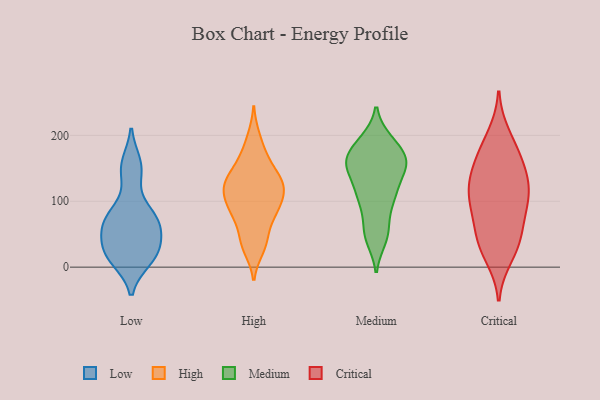
{"axis": {"x": "Gross Profit (USD K)", "y": "Value"}, "legend": ["Critical", "High", "Low", "Medium"], "data": [{"x": "", "y": 27, "type": "Low"}, {"x": "", "y": 48, "type": "Low"}, {"x": "", "y": 71, "type": "Low"}, {"x": "", "y": 156, "type": "Low"}, {"x": "", "y": 80, "type": "Low"}, {"x": "", "y": 17, "type": "Low"}, {"x": "", "y": 145, "type": "Low"}, {"x": "", "y": 22, "type": "Low"}, {"x": "", "y": 64, "type": "Low"}, {"x": "", "y": 75, "type": "Low"}, {"x": "", "y": 12, "type": "Low"}, {"x": "", "y": 122, "type": "High"}, {"x": "", "y": 117, "type": "High"}, {"x": "", "y": 28, "type": "High"}, {"x": "", "y": 140, "type": "High"}, {"x": "", "y": 85, "type": "High"}, {"x": "", "y": 37, "type": "High"}, {"x": "", "y": 133, "type": "High"}, {"x": "", "y": 122, "type": "High"}, {"x": "", "y": 168, "type": "High"}, {"x": "", "y": 88, "type": "High"}, {"x": "", "y": 108, "type": "High"}, {"x": "", "y": 82, "type": "High"}, {"x": "", "y": 197, "type": "High"}, {"x": "", "y": 44, "type": "High"}, {"x": "", "y": 161, "type": "High"}, {"x": "", "y": 125, "type": "High"}, {"x": "", "y": 81, "type": "High"}, {"x": "", "y": 118, "type": "Medium"}, {"x": "", "y": 113, "type": "Medium"}, {"x": "", "y": 189, "type": "Medium"}, {"x": "", "y": 159, "type": "Medium"}, {"x": "", "y": 160, "type": "Medium"}, {"x": "", "y": 163, "type": "Medium"}, {"x": "", "y": 155, "type": "Medium"}, {"x": "", "y": 193, "type": "Medium"}, {"x": "", "y": 152, "type": "Medium"}, {"x": "", "y": 189, "type": "Medium"}, {"x": "", "y": 162, "type": "Medium"}, {"x": "", "y": 148, "type": "Medium"}, {"x": "", "y": 46, "type": "Medium"}, {"x": "", "y": 106, "type": "Medium"}, {"x": "", "y": 111, "type": "Medium"}, {"x": "", "y": 83, "type": "Medium"}, {"x": "", "y": 59, "type": "Medium"}, {"x": "", "y": 42, "type": "Medium"}, {"x": "", "y": 148, "type": "Critical"}, {"x": "", "y": 101, "type": "Critical"}, {"x": "", "y": 97, "type": "Critical"}, {"x": "", "y": 178, "type": "Critical"}, {"x": "", "y": 17, "type": "Critical"}, {"x": "", "y": 37, "type": "Critical"}, {"x": "", "y": 46, "type": "Critical"}, {"x": "", "y": 128, "type": "Critical"}, {"x": "", "y": 93, "type": "Critical"}, {"x": "", "y": 106, "type": "Critical"}, {"x": "", "y": 63, "type": "Critical"}, {"x": "", "y": 199, "type": "Critical"}, {"x": "", "y": 33, "type": "Critical"}, {"x": "", "y": 128, "type": "Critical"}, {"x": "", "y": 143, "type": "Critical"}, {"x": "", "y": 173, "type": "Critical"}]}